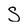
Character: S